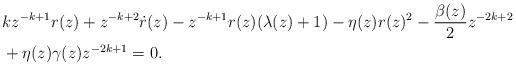
LaTeX: \begin{align*}&k z^{-k+1} r(z) + z^{-k+2}\dot{r}(z) - z^{-k+1} r(z) (\lambda (z) +1) - \eta (z) r(z)^{2} -\frac{\beta (z)}{2} z^{-2k+2}\\& +\eta (z) \gamma (z) z^{-2k+1}=0.\end{align*}